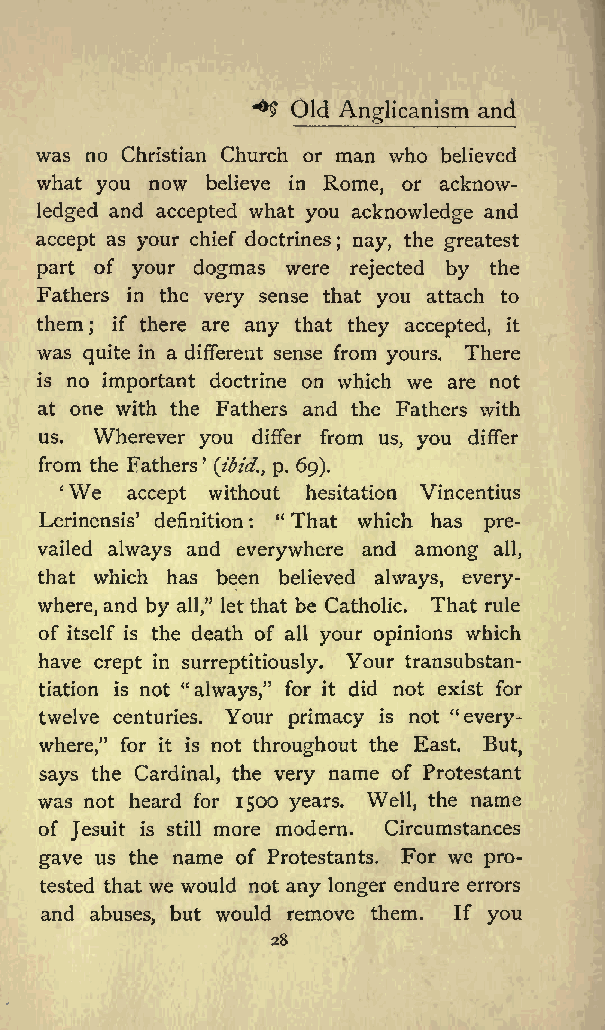
**$ Old Anglicanism and
 was no Christian Church or man who believed
 what you now believe in Rome, or acknow
 ledged and accepted what you acknowledge and
 accept as your chief doctrines nay, the greatest
 ;
 part of your dogmas were rejected by the
 Fathers in the very sense that you attach to
 them ; if there are any that they accepted, it
 was quite in a different sense from yours. There
 is no important doctrine on which we are not
 at one with the Fathers and the Fathers with
 us. Wherever you differ from us, you differ
 from the Fathers
 (ibid., p. 69).
 We
 accept without hesitation Vincentius
 Lerinensis definition : &quot; That which has pre
 vailed always and everywhere and among all,
 that which has been believed always, every
 where, and by let that be Catholic. That rule
 all,&quot;
 of itself is the death of all your opinions which
 have crept in surreptitiously. Your transubstan-
 tiation is not  for it did not exist for
 &quot;always,&quot;
 twelve centuries. Your primacy is not &quot;every
 where,&quot; for it is not throughout the East. But,
 says the Cardinal, the very name of Protestant
 was not heard for 1500 years. Well, the name
 of Jesuit is still more modern. Circumstances
 gave us the name of Protestants. For we pro
 tested that we would not any longer endure errors
 and abuses, but would remove them. If you
 28